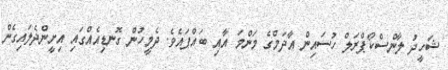
ޝަހީދު ލާންސްކޯޕްރަލް ހުސައިން އާދަމްގެ މަންމަ އާއި ބައްޕައެވެ. ދެމީހުން ގޮނޑިއެއްގައި އިށީންދެލައިގެން